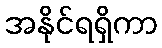
အနိုင်ရရှိကာ